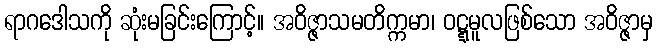
ရာဂဒေါသကို ဆုံးမခြင်းကြောင့်။ အဝိဇ္ဇာသမတိက္ကမာ၊ ဝဋ္ဋမူလဖြစ်သော အဝိဇ္ဇာမှ